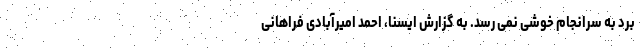
برد به سرانجام خوشی نمی رسد. به گزارش ایسنا، احمد امیرآبادی فراهانی